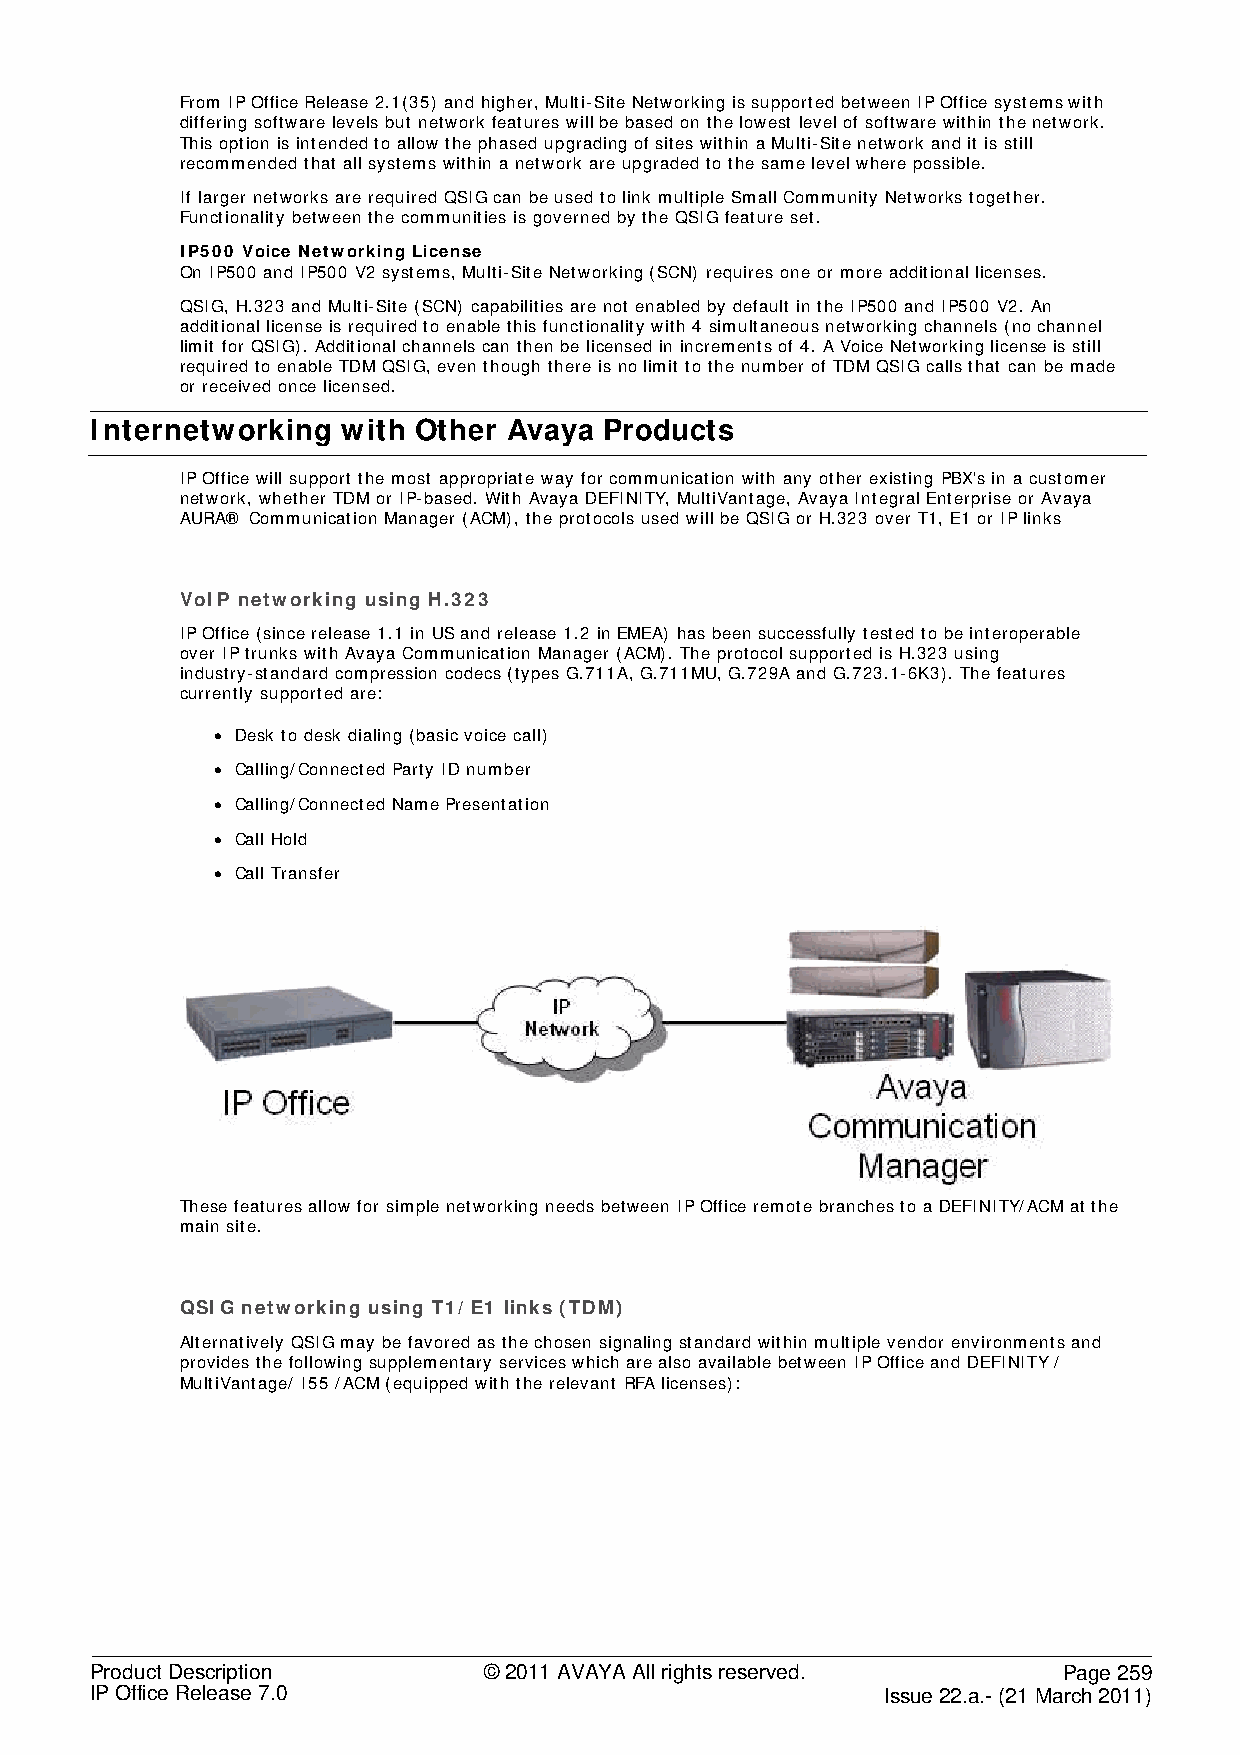
From IP Office Release 2.1(35) and higher, Multi-Site Networking is supported between IP Office systems with
 differing software levels but network features will be based on the lowest level of software within the network.
 This option is intended to allow the phased upgrading of sites within a Multi-Site network and it is still
 recommended that all systems within a network are upgraded to the same level where possible.
 If larger networks are required QSIG can be used to link multiple Small Community Networks together.
 Functionality between the communities is governed by the QSIG feature set.
 IP500 Voice Networking License
 On IP500 and IP500 V2 systems, Multi-Site Networking (SCN) requires one or more additional licenses.
 QSIG, H.323 and Multi-Site (SCN) capabilities are not enabled by default in the IP500 and IP500 V2. An
 additional license is required to enable this functionality with 4 simultaneous networking channels (no channel
 limit for QSIG). Additional channels can then be licensed in increments of 4. A Voice Networking license is still
 required to enable TDM QSIG, even though there is no limit to the number of TDM QSIG calls that can be made
 or received once licensed.
 Internetworking  with Other Avaya Products
 IP Office will support the most appropriate way for communication with any other existing PBX's in a customer
 network, whether TDM or IP-based. With Avaya DEFINITY, MultiVantage, Avaya Integral Enterprise or Avaya
 AURA® Communication Manager (ACM), the protocols used will be QSIG or H.323 over T1, E1 or IP links
 VoIP networking using H.323
 IP Office (since release 1.1 in US and release 1.2 in EMEA) has been successfully tested to be interoperable
 over IP trunks with Avaya Communication Manager (ACM). The protocol supported is H.323 using
 industry-standard compression codecs (types G.711A, G.711MU, G.729A and G.723.1-6K3). The features
 currently supported are:
 • Desk to desk dialing (basic voice call)
 • Calling/Connected Party ID number
 • Calling/Connected Name Presentation
 • Call Hold
 • Call Transfer
 These features allow for simple networking needs between IP Office remote branches to a DEFINITY/ACM at the
 main site.
 QSIG networking using T1/ E1 links (TDM)
 Alternatively QSIG may be favored as the chosen signaling standard within multiple vendor environments and
 provides the following supplementary services which are also available between IP Office and DEFINITY /
 MultiVantage/ I55 /ACM (equipped with the relevant RFA licenses):
 Product Description       © 2011 AVAYA All rights reserved.     Page 259
 IP Office Release 7.0                                Issue 22.a.- (21 March 2011)